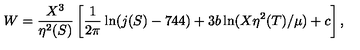
W = \frac { X ^ { 3 } } { \eta ^ { 2 } ( S ) } \left[ \frac { 1 } { 2 \pi } \ln ( j ( S ) - 7 4 4 ) + 3 b \ln ( X \eta ^ { 2 } ( T ) / \mu ) + c \right] ,